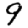
Digit: 9